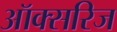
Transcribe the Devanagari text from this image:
ऑक्सरिज